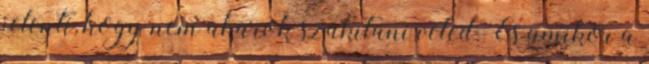
jelenti, hogy nem akarok szakítani veled. És amikor a